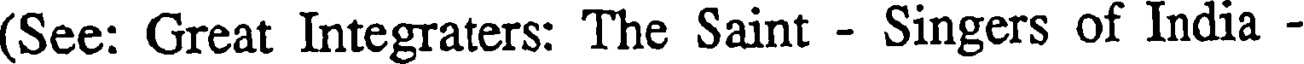
(See: Great Integraters: The Saint - Singers of India -